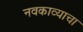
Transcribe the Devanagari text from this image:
नवकाव्याचा